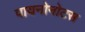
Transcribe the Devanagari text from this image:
पायनोनोटस